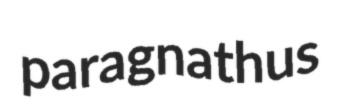
paragnathus